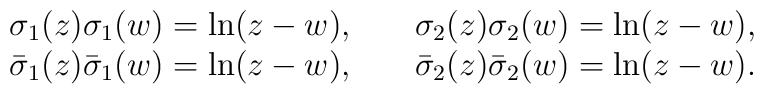
\begin{array}{lcl}\sigma_1 (z) \sigma_1 (w) = \ln(z-w),&\;& \sigma_2 (z) \sigma_2(w) = \ln(z-w),\nonumber\\\bar{\sigma}_1 (z) \bar{\sigma}_1 (w) = \ln(z-w), &\;& \bar{\sigma}_2 (z) \bar{\sigma}_2 (w) =\ln(z-w).\end{array}